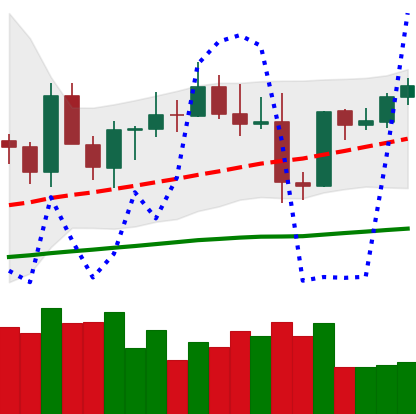
Ticker: EOS-USD
Chart end date: 2021-03-30
Forward return: 45.657%
Label: up_7plus